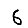
Digit: 6